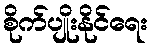
စိုက်ပျိုးနိုင်ရေး